Civil Veterinary Department. Central Provinces & Berar 1932-41 - 1932-1941
Year: 1932
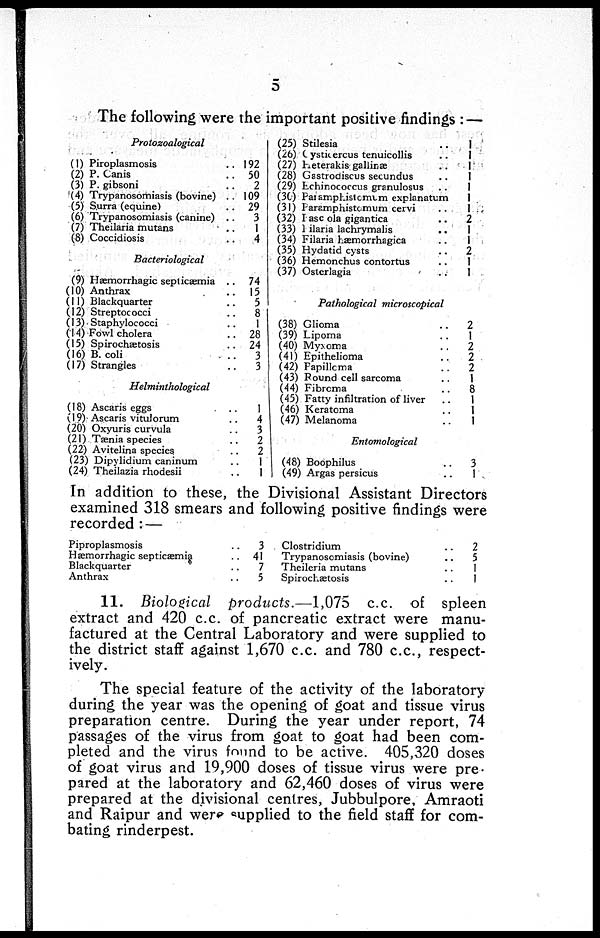
5
The following were the important positive findings :
Protozoalogical
(1) Piroplasmosis ..
(2) P. Canis ..
(3) P. gibsoni ..
(4) Trypanosomiasis (bovine) ..
(5) Surra (equine) ..
(6) Trypanosomiasis (canine) ..
(7) Theilaria mutans ..
(8) Coccidiosis ..
Bacteriological
(9) Hæmorrhagic septicæmia ..
(10) Anthrax ..
(11) Blackquarter ..
(12) Streptococci ..
(13) Staphylococci ..
(14) Fowl cholera
(15) Spirochætosis ..
(16) B. coli ..
(17) Strangles ..
Helminthological
(18) Ascaris eggs ..
(19) Ascaris vitulorum ..
(20) Oxyuris curvula ..
(21) Tænia species ..
(22) Avitelina species. ..
(23) Dipylidium caninum ..
(24) Theilazia rhodesii ..
192
50
2
109
29
3
1
4
74
15
5
8
1
28
24
3
3
1
4
3
2
2
1
1
(25) Stilesia ..
(26) Oystkercus tenuicollis ..
(27) Heterakis galiinæ ..
(28) Gastrodiscus secundus
..
(29) Echinococcus granulosus ..
(30) Paramphistomum explanatum ..
(31) Paramphistomum cervi ..
(32) Pascolagigantica ..
(33) Hilaria lachrymalis
..
(34) Filaria hæmorrhagica ..
(35) Hydatid cysts ..
(36) Hemonchus contortus ..
(37) Oslerlagia ..
Pathological microscopical
(38) Glioma ..
(39) Lipoma ..
(40) Myxoma ..
(41) Epithelioma ..
(42) Papillcma ..
(43) Pound cell sarcoma ..
(44) Fibrcma ..
(45) Fatty infiltration of liver ..
(46) Keratoma ..
(47) Melanoma ..
Entomological
(48) Boophilus ..
(49) Argas persicus ..
1
1
1
1
1
1
1
2
1
1
2.
1
1
2
1
2
2
2
1
8
1
1
1
3
1
In addition to these, the Divisional Assistant Directors
examined 318 smears and following positive findings were
recorded : —
Piproplasmosis ..
Hæmorrhagic septicæmia ..
Blackquarter ..
Anthrax ..
3
41
7
5
Clostridium ..
Trypanosomiasis (bovine) ..
Theileria mutans ..
Spirochætosis ..
2
5
1
1
11. Biological products.—1,075
c.c. of spleen
extract and 420 c.c. of pancreatic extract were manu-
factured at the Central Laboratory and were supplied to
the district staff against 1,670 c.c. and 780 c.c, respect-
ively.
The special feature of the activity of the laboratory
during the year was the opening of goat and tissue virus
preparation centre. During the year under report, 74
passages of the virus from goat to goat had been com-
pleted and the virus found to be active. 405,320 doses
of goat virus and 19,900 doses of tissue virus were pre-
pared at the laboratory and 62,460 doses of virus were
prepared at the divisional centres, Jubbulpore, Amraoti
and Raipur and were supplied to the field staff for com-
bating rinderpest.